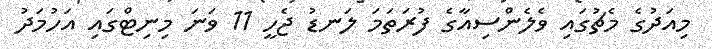
މިއަދުގެ މެޗުގައި ވެލެންސިއާގެ ފުރަތަމަ ލަނޑު ޖެހީ 11 ވަނަ މިނިޓްގައި އަހުމަދު